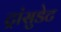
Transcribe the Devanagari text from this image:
ट्रांसुडेट